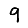
Digit: 9